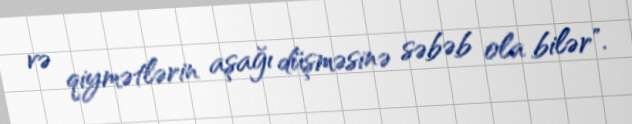
və qiymətlərin aşağı düşməsinə səbəb ola bilər".